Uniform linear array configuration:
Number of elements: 12
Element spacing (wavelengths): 0.25
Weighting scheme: blackman
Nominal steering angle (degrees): -30
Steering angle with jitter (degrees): -31.183
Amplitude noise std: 0.05
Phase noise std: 0.05

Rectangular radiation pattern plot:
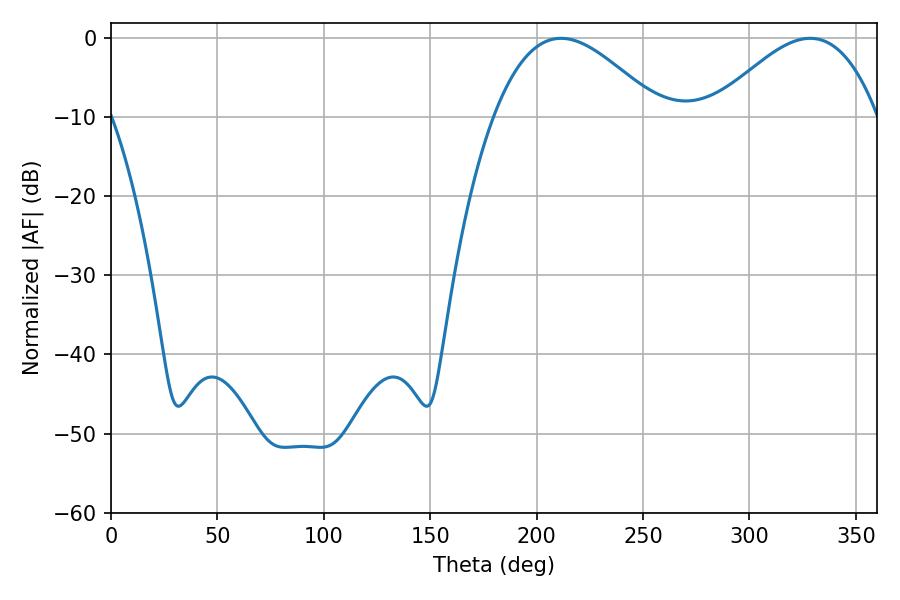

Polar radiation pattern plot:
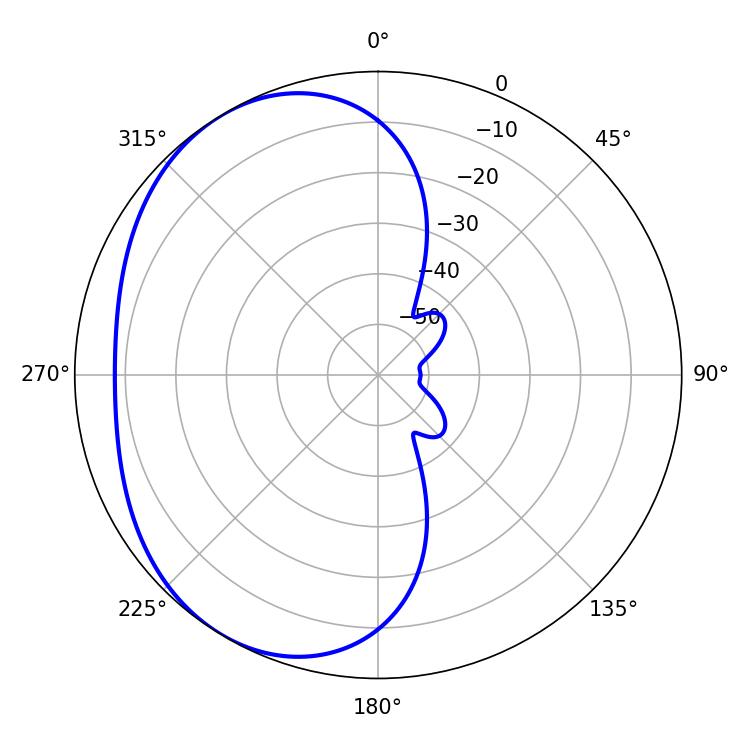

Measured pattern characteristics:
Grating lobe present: FALSE
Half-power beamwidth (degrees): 42.12
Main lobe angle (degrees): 211.5